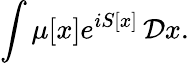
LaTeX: \int\mu[x]e^{iS[x]}\, {\mathcal{D}}x.